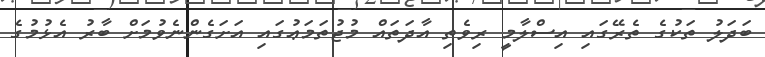
ބަދަލު ތަކުގެ ތެރޭގައި އިސްލާމީ ރިވެތި އާދަތައް މުޖުތަމަޢުގައި އަށަގެންނެވުމަށް ބާރު އެޅުމުގެ